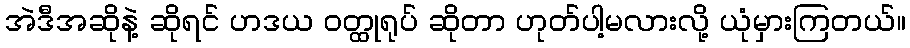
အဲဒီအဆိုနဲ့ ဆိုရင် ဟဒယ ဝတ္ထုရုပ် ဆိုတာ ဟုတ်ပါ့မလားလို့ ယုံမှားကြတယ်။